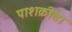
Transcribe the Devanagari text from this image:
पाशक्रीडा